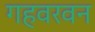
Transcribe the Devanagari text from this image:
गहवरवन